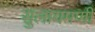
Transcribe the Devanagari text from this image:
सुलायमणी